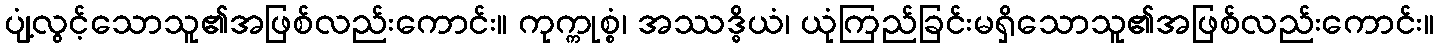
ပျံ့လွင့်သောသူ၏အဖြစ်လည်းကောင်း။ ကုက္ကုစ္စံ၊ အဿဒ္ဓိယံ၊ ယုံကြည်ခြင်းမရှိသောသူ၏အဖြစ်လည်းကောင်း။